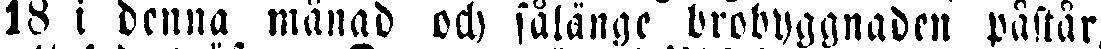
18 i denna månad och sålänge brobyggnaden påstår,